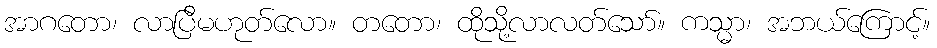
အာဂတော၊ လာပြီမဟုတ်လော။ တတော၊ ထိုသို့လာလတ်သော်။ ကသ္မာ၊ အဘယ်ကြောင့်။